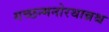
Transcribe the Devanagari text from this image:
गच्छन्मनोरथान्नश्च